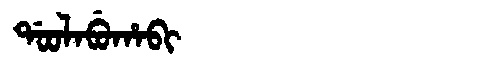
Manchu: ᡩᠣᠣᠯᠠᠪᡠᡥᠠᠪᡳ
Romanization: DOOLABUHABI